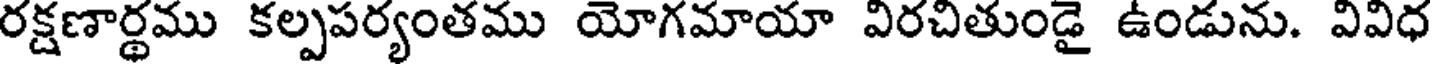
రక్షణార్థము కల్పపర్యంతము యోగమాయా విరచితుండై ఉండును. వివిధ